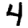
Digit: 4